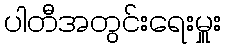
ပါတီအတွင်းရေးမှူး